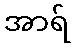
အာရ်